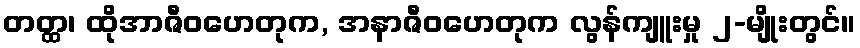
တတ္ထ၊ ထိုအာဇီဝဟေတုက, အနာဇီဝဟေတုက လွန်ကျူးမှု ၂-မျိုးတွင်။